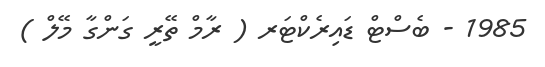
1985 - ބެސްޓް ޑައިރެކްޓަރ ( ރާމް ތޭރީ ގަންގާ މޭލް )